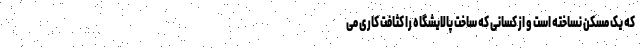
که یک مسکن نساخته است و از کسانی که ساخت پالایشگاه را کثافت کاری می